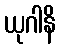
ယုဂါနိ